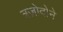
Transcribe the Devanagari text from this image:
त्रज़ोदोने